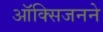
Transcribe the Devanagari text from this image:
ऑक्सिजनने